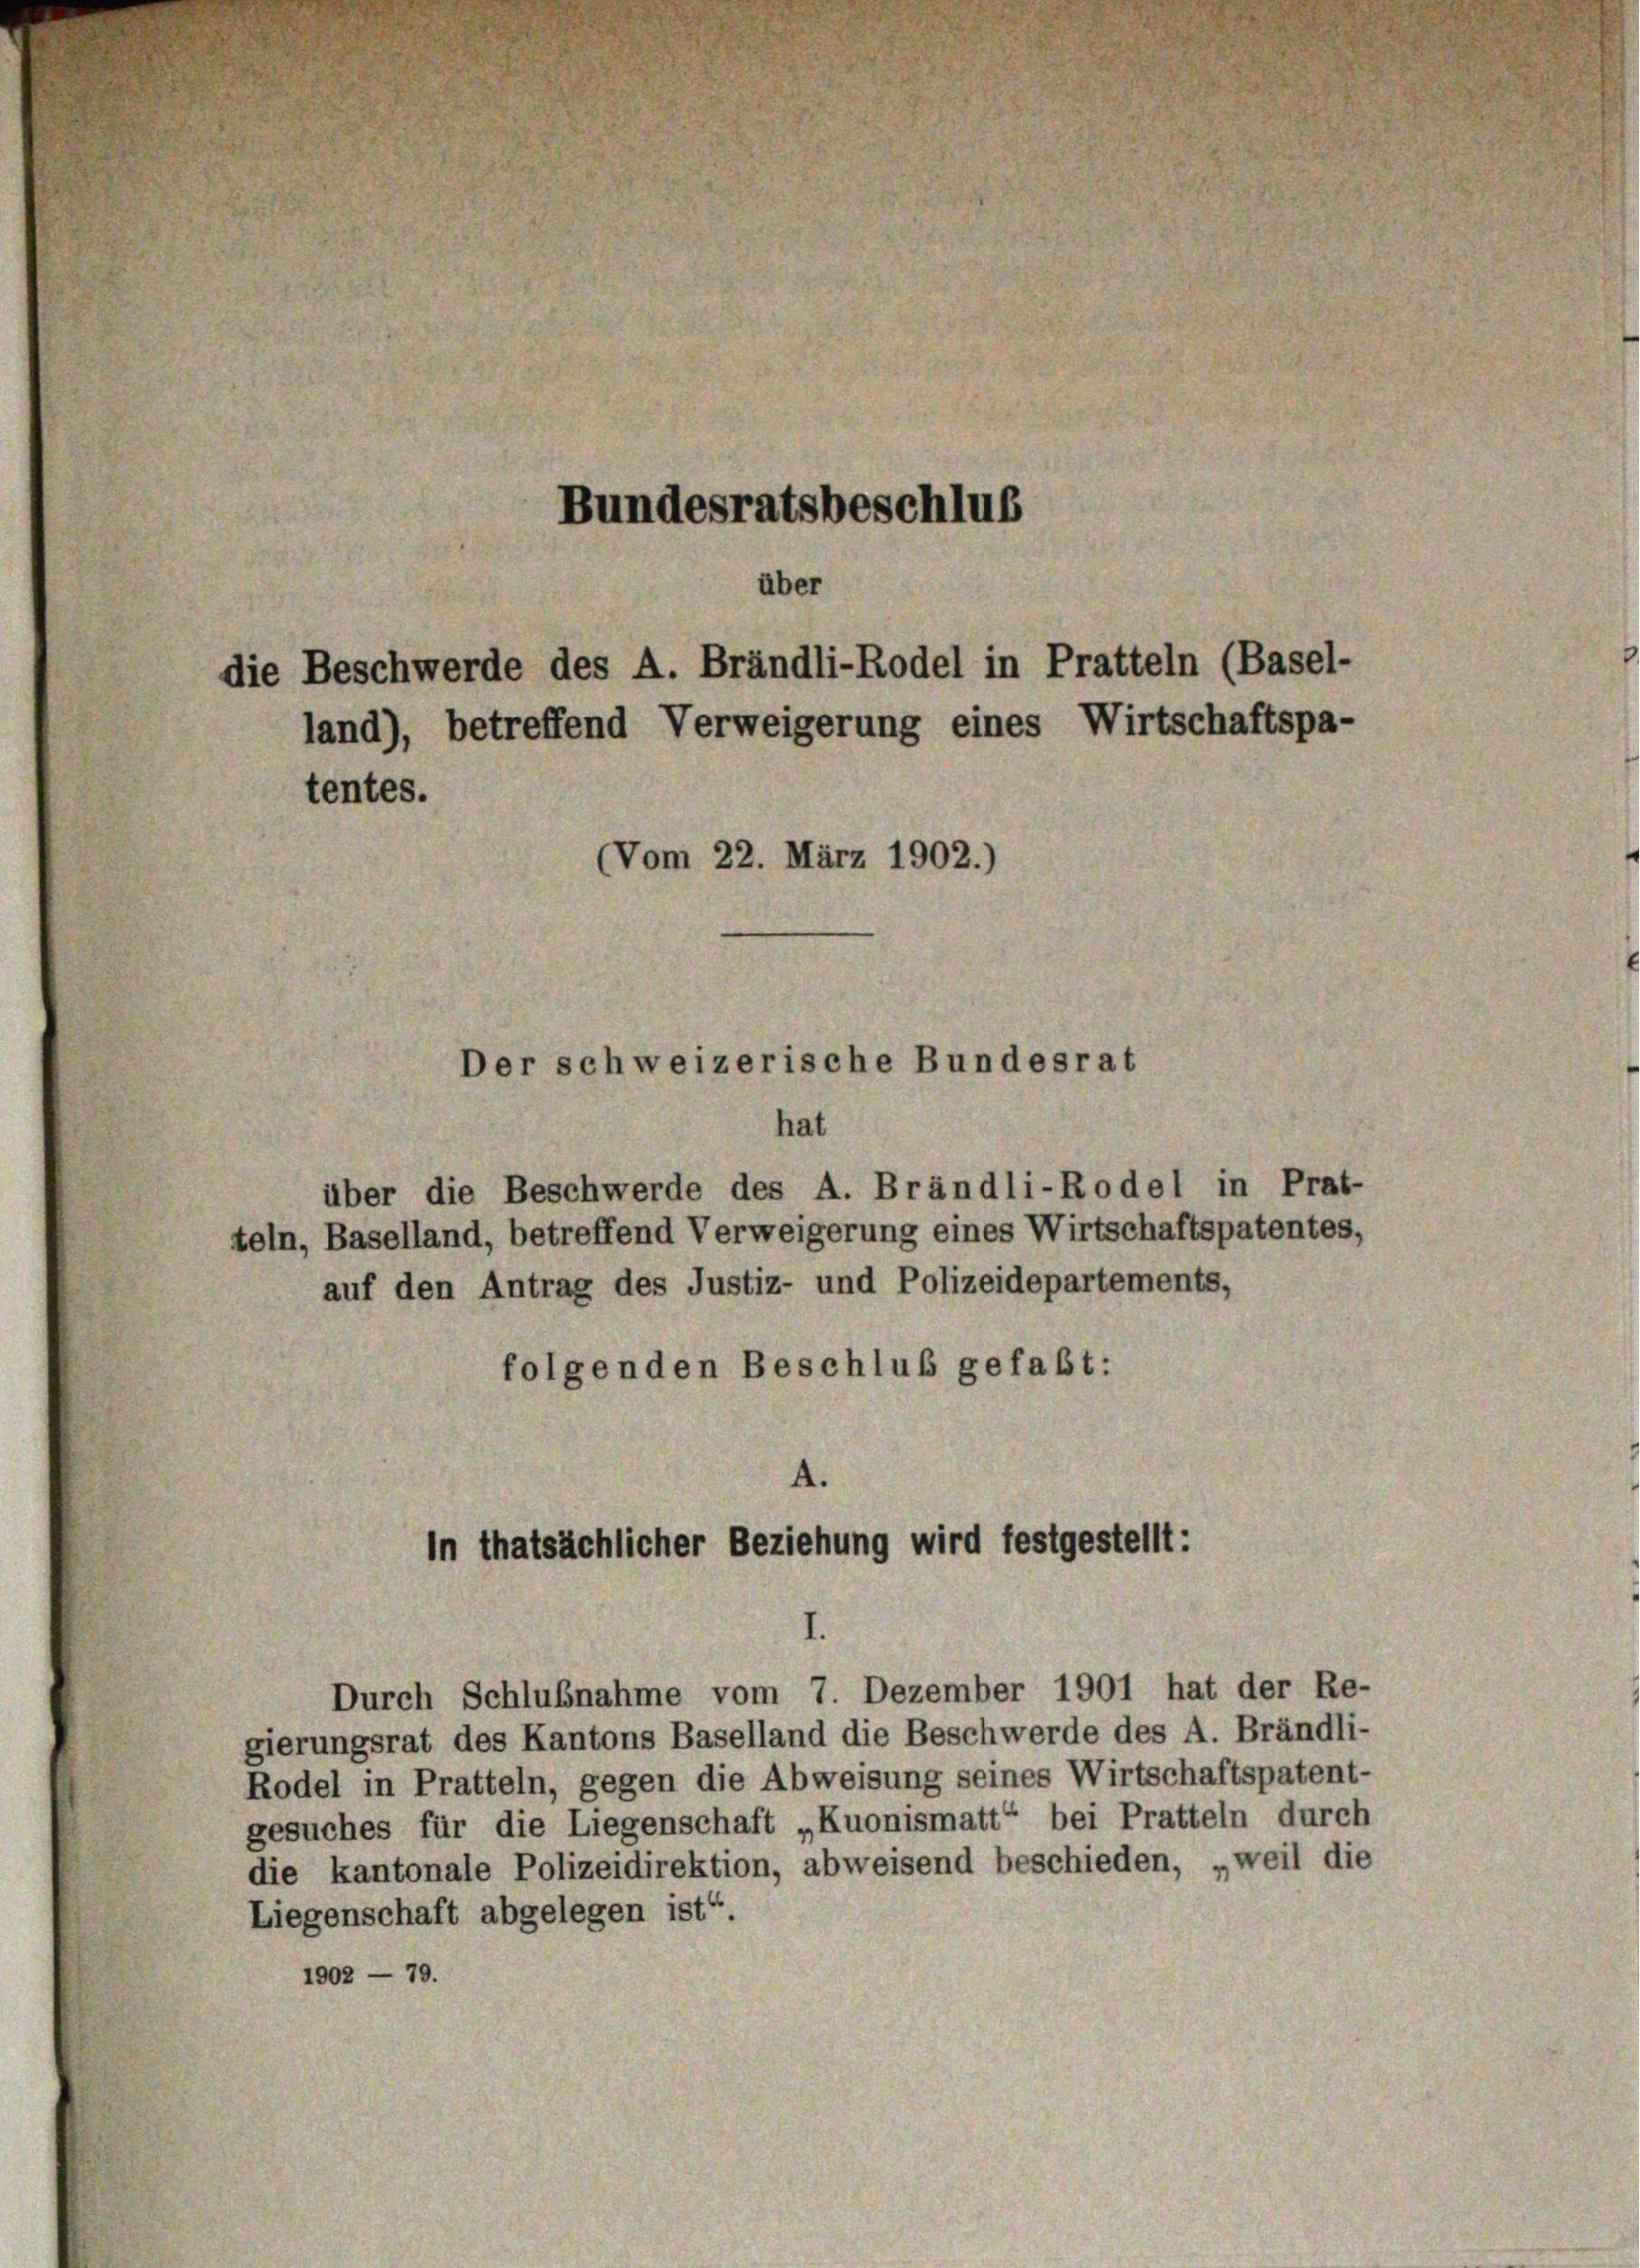
Bundesratsbeschluß

(Vom 22. März 1902.)
Der schweizerische Bundesrat

über
die Beschwerde des A. Brändli-Rodel in Pratteln (Basel-
land), betreffend Verweigerung eines Wirtschaftspa-
tentes.

hat
über die Beschwerde des A. Brändli-Rodel in Prat-
teln, Baselland, betreffend Verweigerung eines Wirtschaftspatentes,
auf den Antrag des Justiz- und Polizeidepartements,
folgenden Beschluß gefaßt:

A.
In thatsächlicher Beziehung wird festgestellt:

Durch Schlußnahme vom 7. Dezember 1901 hat der Re-
gierungsrat des Kantons Baselland die Beschwerde des A. Brändli-
Rodel in Pratteln, gegen die Abweisung seines Wirtschaftspatent-
gesuches für die Liegenschaft „Kuonismatt“ bei Pratteln durch
die kantonale Polizeidirektion, abweisend beschieden, „weil die
Liegenschaft abgelegen ist“.
1902 — 79.